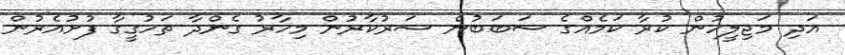
އަދި މަޖިލީހުން ކުރާ ކަމެއްގެ ސަބަބުން ސަރުކާރުން މިހާރު ގެންދާ ތަހުގީގާ ފުށުއެރުން